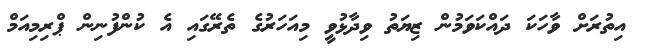
އިތުރަށް ވާހަކަ ދައްކަވަމުން ޒިޔަތު ވިދާޅުވީ މިއަހަރުގެ ތެރޭގައި އެ ކުންފުނިން ޕްރިމިއަމް